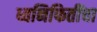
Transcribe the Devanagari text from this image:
ध्वनिफितींचा